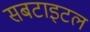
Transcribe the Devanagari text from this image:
सबटाइटल